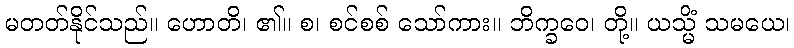
မတတ်နိုင်သည်။ ဟောတိ၊ ၏။ စ၊ စင်စစ် သော်ကား။ ဘိက္ခဝေ၊ တို့။ ယသ္မိံ သမယေ၊